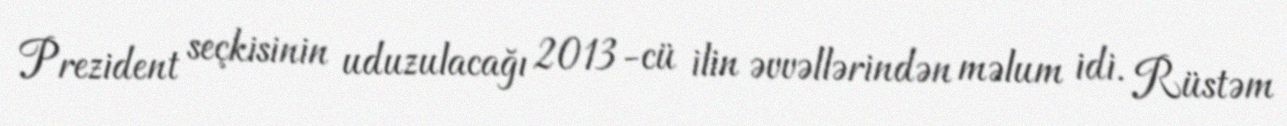
Prezident seçkisinin uduzulacağı 2013-cü ilin əvvəllərindən məlum idi. Rüstəm